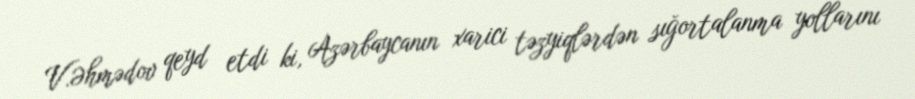
V.Əhmədov qeyd etdi ki, Azərbaycanın xarici təzyiqlərdən sığortalanma yollarını